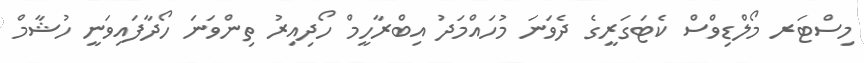
މިސްޓަރ މޯލްޑިވްސް ކެޓަގަރީގެ ދެވަނަ މުހައްމަދު އިބްރާހީމް ހޯދިއިރު ތިންވަނަ ހޯދާފައިވަނީ ހުޝާމް